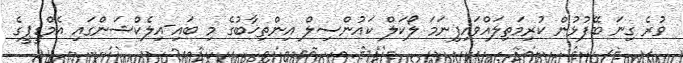
ވުރެ ގިނަ ބޭފުޅުން ކުރިމަތިލައްވައިފިނަމަ ލޯކަލް ކައުންސިލް އިންތިޚާބުގެ މި ބައި-އިލެކްޝަންގައި އެމްޑީޕީގެ